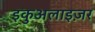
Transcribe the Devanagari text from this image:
इकुअलाइज़र